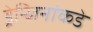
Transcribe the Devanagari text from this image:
ड्रेन्जिनांकडे